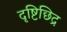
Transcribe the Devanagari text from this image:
दृष्टिछिद्र